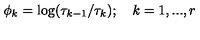
\phi _ { k } = \log ( \tau _ { k - 1 } / \tau _ { k } ) ; \quad k = 1 , . . . , r